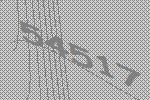
54517